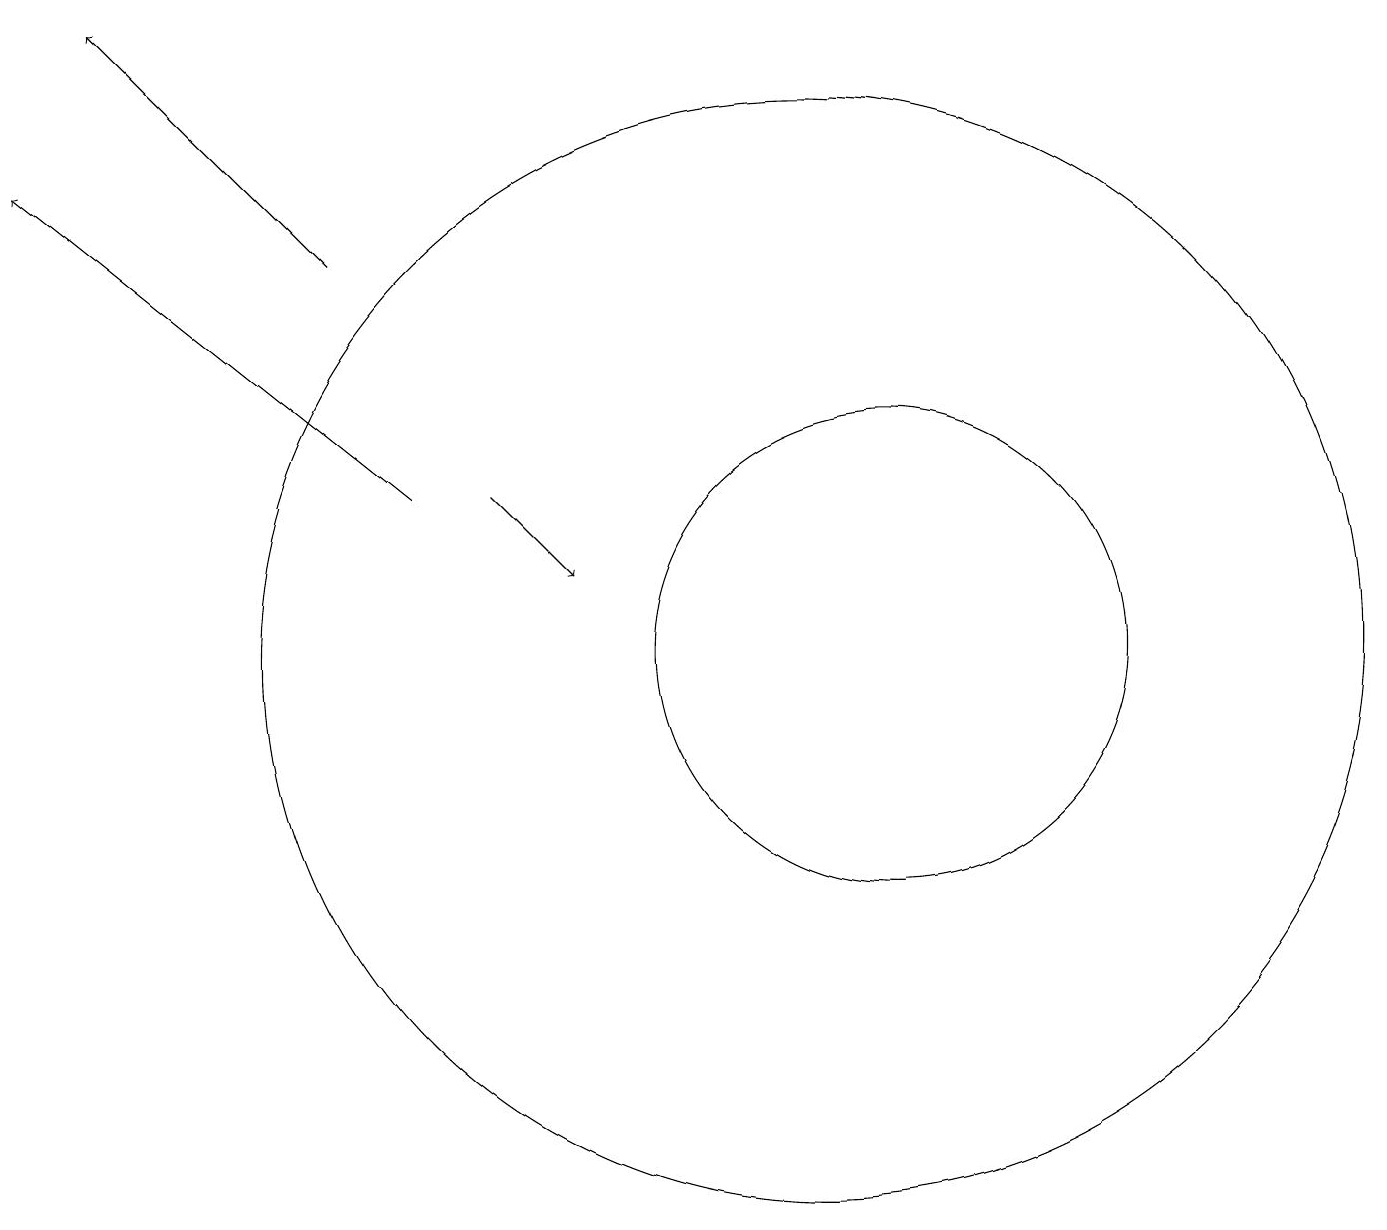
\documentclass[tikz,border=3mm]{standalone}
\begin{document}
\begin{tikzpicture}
\draw[->] (7,12) -- (8,11);
\draw[->] (6,12) -- (1,16);
\draw[->] (5,15) -- (2,18);
\draw (12,10) circle (3);
\draw (11,10) circle (7);
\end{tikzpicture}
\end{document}